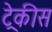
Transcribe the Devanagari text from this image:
ट्रेकीस